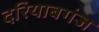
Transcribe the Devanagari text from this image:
दरियाबगंज